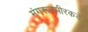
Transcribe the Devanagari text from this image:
मंगरूळपीरकडे